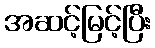
အဆင့်မြင့်ပြီး